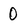
Character: 0